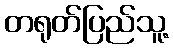
တရုတ်ပြည်သူ့